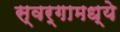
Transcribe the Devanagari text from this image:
स्वर्गामध्ये